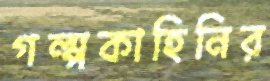
গল্পকাহিনির